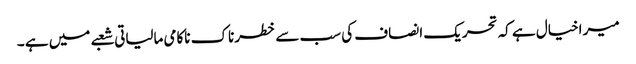
میر اخیال ہے کہ تحریک انصاف کی سب سے خطرناک ناکامی مالیاتی شعبے میں ہے ۔